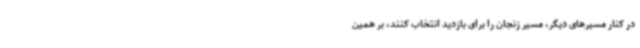
در کنار مسیرهای دیگر، مسیر زنجان را برای بازدید انتخاب کنند، بر همین